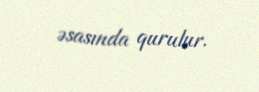
əsasında qurulur.